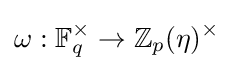
\omega :\mathbb {F} _{q}^{\times }\to \mathbb {Z} _{p}(\eta )^{\times }